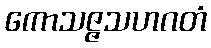
ကောသဇ္ဇသဟဂတံ